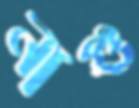
নাগু